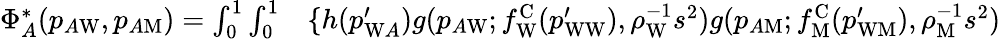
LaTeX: \begin{array}{rl}{\Phi_{A}^{*}(p_{A\mathrm{W}},p_{A\mathrm{M}})=\int_{0}^{1}\int_{0}^{1}}&{{}\{ h(p_{\mathrm{W}A}^{\prime})g(p_{A\mathrm{W}};f_{\mathrm{W}}^{\mathrm{C}}(p_{\mathrm{WW}}^{\prime}),\rho_{\mathrm{W}}^{-1}s^{2})g(p_{A\mathrm{M}};f_{\mathrm{M}}^{\mathrm{C}}(p_{\mathrm{WM}}^{\prime}),\rho_{\mathrm{M}}^{-1}s^{2})}\end{array}